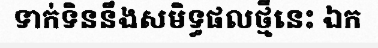
ទាក់ទិននឹងសមិទ្ធផលថ្មីនេះ ឯក